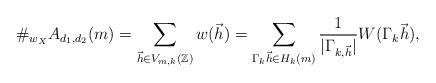
LaTeX: \begin{align*}\#_{w_X}A_{d_1,d_2}(m)&= \sum_{\vec{h}\in V_{m,k}(\mathbb{Z})} w(\vec{h})=\sum_{\Gamma_k \vec{h}\in H_k(m)} \frac{1}{|\Gamma_{k,\vec{h}}|} W(\Gamma_k \vec{h}),\end{align*}